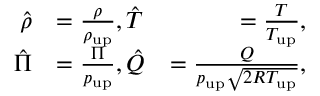
\begin{array} { r l r } { \hat { \rho } } & { = \frac { \rho } { \rho _ { \mathrm { { u p } } } } , \hat { T } } & { = \frac { T } { T _ { \mathrm { u p } } } , } \\ { \hat { \Pi } } & { = \frac { \Pi } { p _ { \mathrm { { u p } } } } , \hat { Q } } & { = \frac { Q } { p _ { \mathrm { u p } } \sqrt { 2 R T _ { \mathrm { { u p } } } } } , } \end{array}